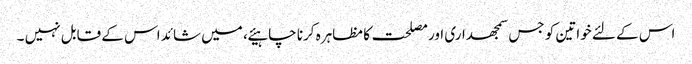
اس کے لئے خواتین کو جس سمجھداری اور مصلحت کا مظاہرہ کرنا چاہیئے ، میں شائد اس کے قابل نہیں ۔